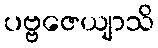
ပဗ္ဗဇေယျာသိ